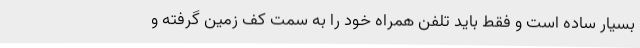
بسیار ساده است و فقط باید تلفن همراه خود را به سمت کف زمین گرفته و